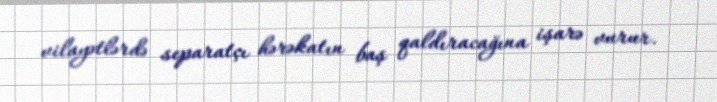
vilayətlərdə separatçı hərəkatın baş qaldıracağına işarə vurur.